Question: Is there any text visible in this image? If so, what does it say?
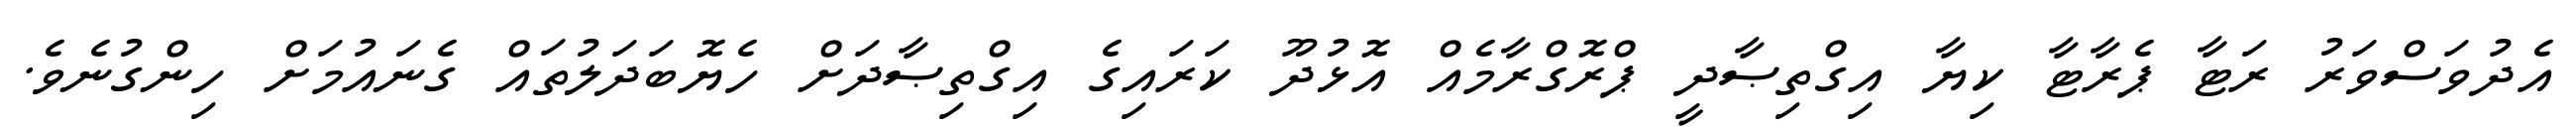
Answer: އެދުވަސްވަރު ރަޓާ ޕެރާޓާ ކިޔާ އިގްތިޞާދީ ޕްރޮގްރާމެއް އޮޅުދޫ ކަރައިގެ އިގްތިޞާދަށް ހެޔޮބަދަލުތައް ގެނައުމަށް ހިންގުނެވެ.